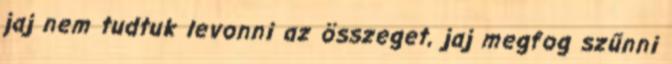
jaj nem tudtuk levonni az összeget, jaj megfog szűnni